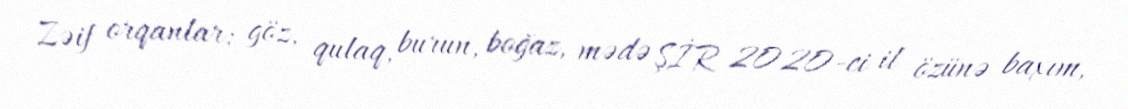
Zəif orqanlar: göz, qulaq, burun, boğaz, mədə ŞİR 2020-ci il özünə baxım,